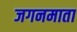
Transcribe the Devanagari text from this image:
जगनमाता